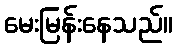
မေးမြန်းနေသည်။